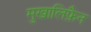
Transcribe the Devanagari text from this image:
मुखालिफ़ैन